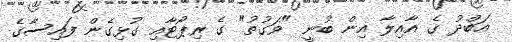
އަބްދު ގެ އާއިލާ އިން ބުނީ "ވަގުތު" ގެ ރިޕޯޓާއި ގުޅިގެން ފައިސާގެ